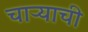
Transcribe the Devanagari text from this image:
चाऱ्याची